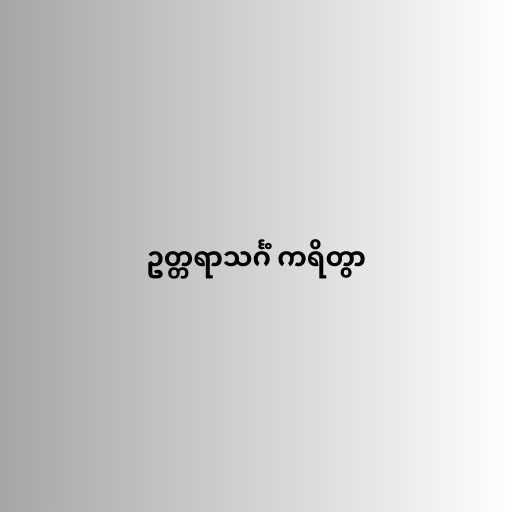
ဥတ္တရာသင်္ဂံ ကရိတွာ